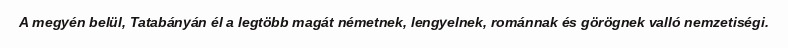
A megyén belül, Tatabányán él a legtöbb magát németnek, lengyelnek, románnak és görögnek valló nemzetiségi.